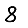
Digit: 8